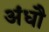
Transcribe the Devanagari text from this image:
अंधौ